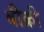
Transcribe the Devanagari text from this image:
बीक्री